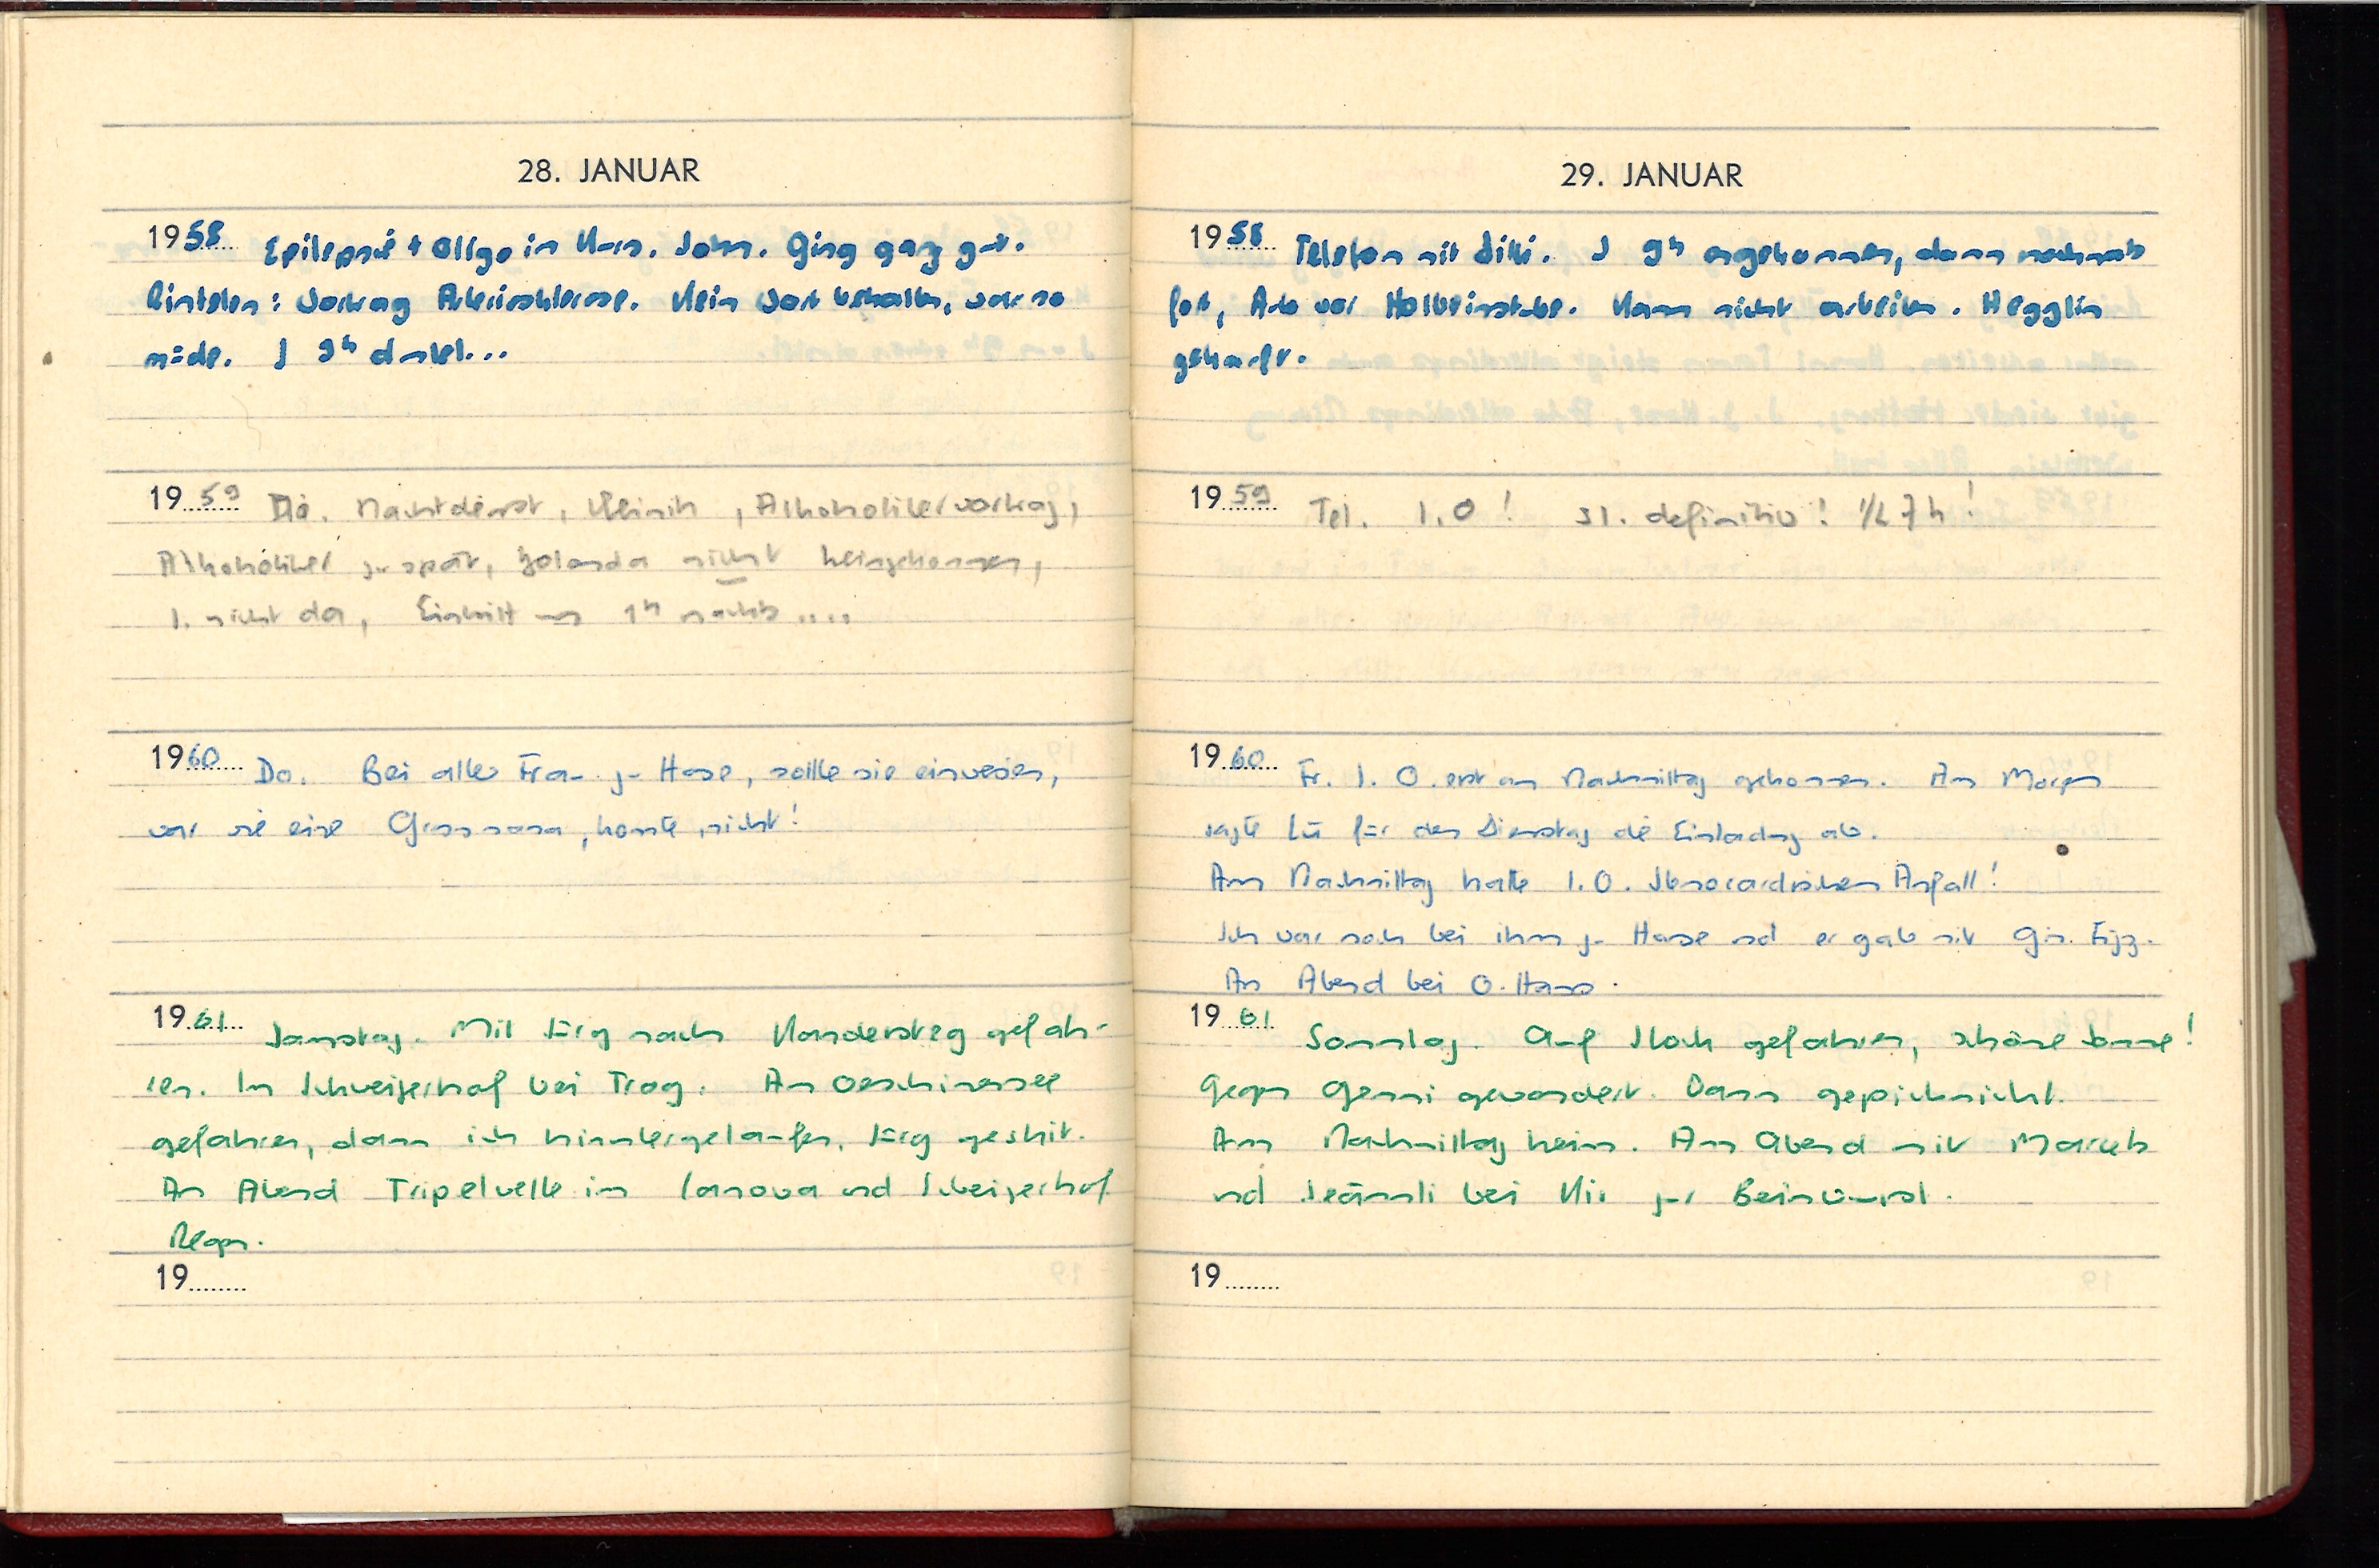
28. JANUAR
1958 Epilepsie + allg. im Kurs. John. Ging ganz gut.
Rinkelen: Vortrag Artetiosklerose. Kein Wort behalten, war so
müde. I. 9h dunkel ...
1959 Do. Nachtdienst. Klinik, Alkoholikervortrag,
Alkoholiker zu spät, Jolande nicht heimgekommen,
I. nicht da, Eintritt um 1h nachts ...
1960 Do. Bei alter Frau zu Hause, sollte sie einweisen,
war nie ein Gesssana konnte nicht!
1961 Samstag. Mit Jürg nach Kandersteg gefah-
ren. Im Schweigerhof bei Trog. An Oeschinersee
gefahren, dann ich hinuntergelaufen, Jürg geshit.
Am Abend Tripelvelle im Ianova und Schweigerhof
Regen.
19...

29. JANUAR
1958 Telefon mit Ditti. J 9h angekommen, dann nochmals
fort, Auto vor Holbeinstrasse. Kann nicht arbeiten. Hegglin
gehackt.
1959 Tel. I.O.! SI. definitiv! 1/2 7h!
1960 Fr. I. O. erst am Nachmittag gekommen. Am Morgen
sagte Lü für den Dienstag die Einladung ab.
Am Nachmittag hatte I.O. stenorardischen Anfall!
Ich war noch bei ihm zu Hause und er gab mit Gin Fizz.
Am Abend bei O. Hass.
1961 Sonntag. Auf Stock gefahren, schöne Sonne!
Gegen Gemmi gewandert. Dann gepicknickt.
Am Nachmittag heim. Am Abend mit Marcetz
und Seännli bei Ki. zur Beinwurst.
19...